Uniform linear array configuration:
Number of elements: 16
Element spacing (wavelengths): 1
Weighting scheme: blackman
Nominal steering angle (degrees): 60
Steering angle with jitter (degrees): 61.456
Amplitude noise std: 0.05
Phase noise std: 0.05

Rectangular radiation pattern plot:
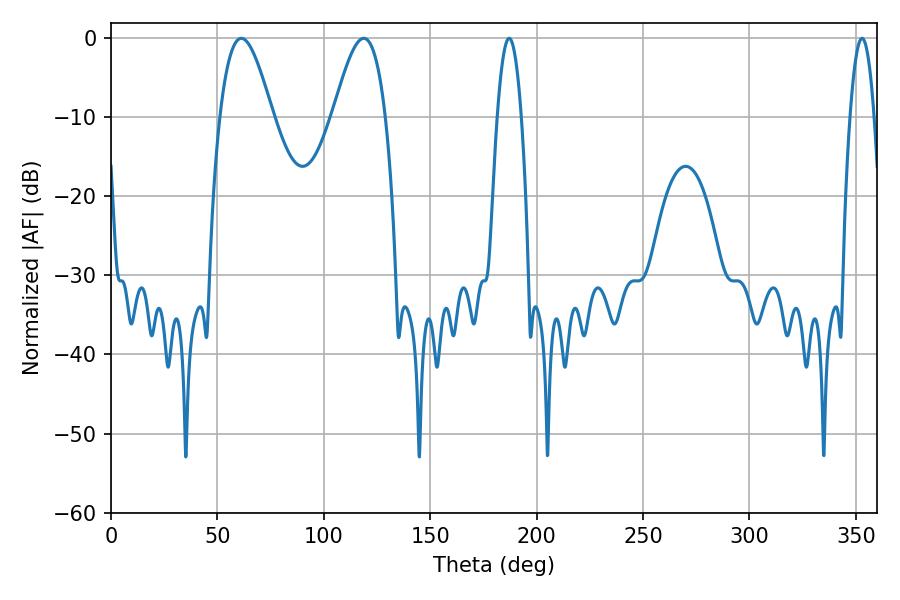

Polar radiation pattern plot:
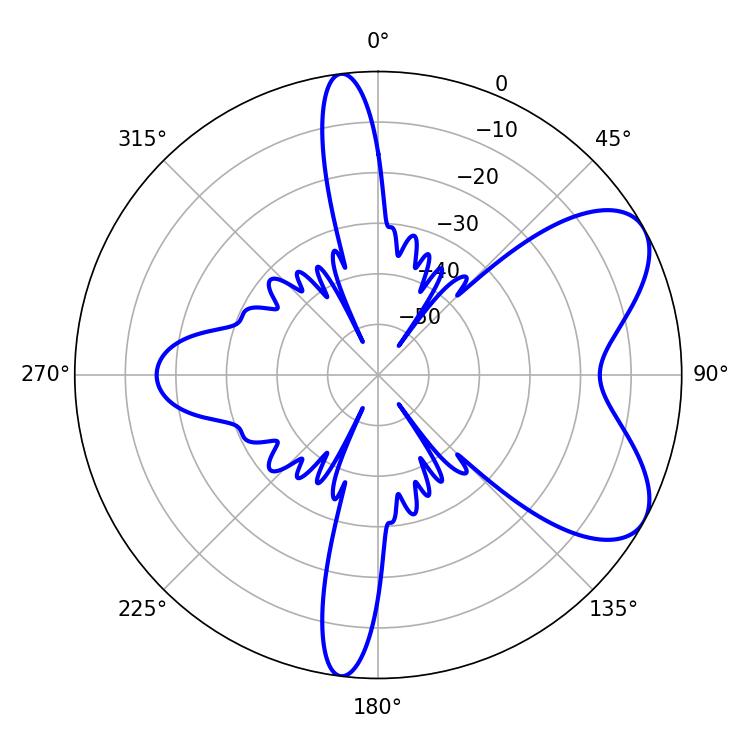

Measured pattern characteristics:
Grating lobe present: TRUE
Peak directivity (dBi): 6.742
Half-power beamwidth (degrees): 13.32
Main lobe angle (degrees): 61.2